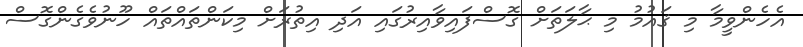
އެހެންވީމާ މި ޤައުމު މި ޙާލަތަށް ގޮސްފައިވާއިރުގައި އަދި އިތުރަށް މިކަންތައްތައް ހޫނުވެގެންގޮސް